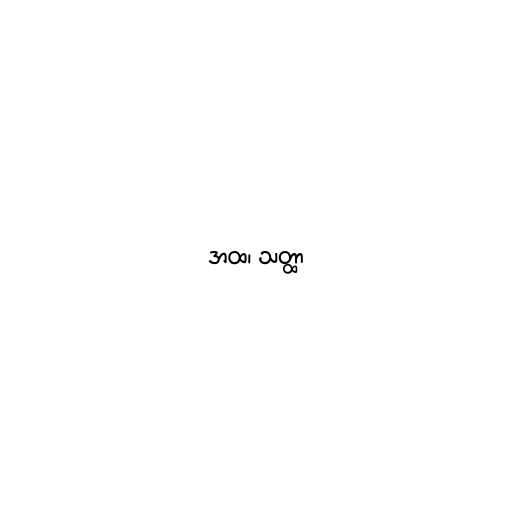
အထ၊ သတ္ထာ